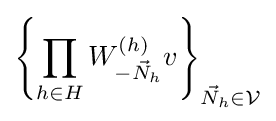
\left\{\prod _{h\in H}W_{-{\vec {N}}_{h}}^{(h)}v\right\}_{{\vec {N}}_{h}\in {\mathcal {V}}}